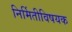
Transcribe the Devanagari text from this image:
निर्मितीविषयक